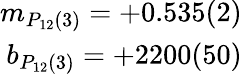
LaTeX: \begin{array}{r}{m_{P_{12}(3)}=+0.535(2)}\\ {b_{P_{12}(3)}=+2200(50)}\end{array}